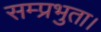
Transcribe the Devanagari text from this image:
सम्प्रभुता।